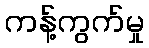
ကန့်ကွက်မှု